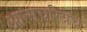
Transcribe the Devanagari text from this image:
आत्मचरित्रच